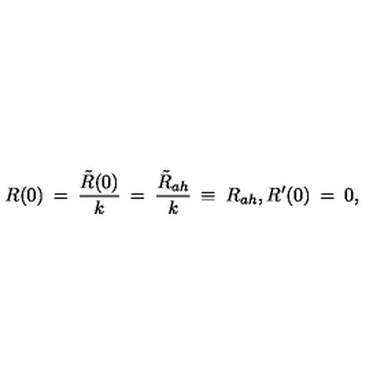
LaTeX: R ( 0 ) \: = \: \frac { \tilde { R } ( 0 ) } { k } \: = \: \frac { \tilde { R } _ { a h } } { k } \: \equiv \: R _ { a h } , R ^ { \prime } ( 0 ) \: = \: 0 ,